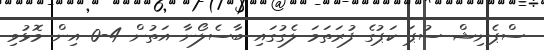
ސްޕެނިޝް ސުޕަ ކަޕުގެ ފުރަތަމަ ލެގުގައި ބާސެލޯނާ އަތުން 4-0 އިން މޮޅުވި